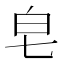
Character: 皂